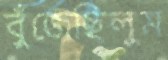
বুঁজেছিলুম